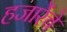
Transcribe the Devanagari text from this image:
हजारेंचे